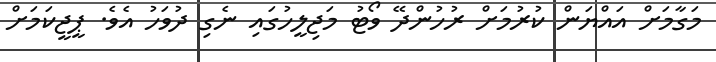
މަގާމަށް އައްޔަން ކުރުމަށް ރުހުންދޭ ވޯޓު މަޖިލީހުގައި ނެގި ދުވަހު އެވެ. ޕީޖީކަމަށް